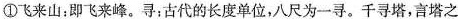
①飞来山：即飞来峰。寻：古代的长度单位，八尺为一寻。千寻塔，言塔之